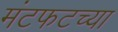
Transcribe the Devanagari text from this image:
मंटफटच्या